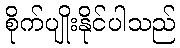
စိုက်ပျိုးနိုင်ပါသည်